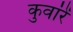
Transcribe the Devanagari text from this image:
कुवांरें